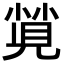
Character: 𡮡